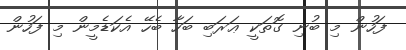
ފަހުން މި ބުނި ގޮތަކީ ޢަރަބި ބަހާ ބެހޭ އެކަޑެމީން މި ފަހުން